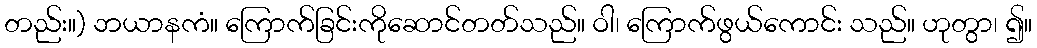
တည်း။) ဘယာနကံ။ ကြောက်ခြင်းကိုဆောင်တတ်သည်။ ဝါ၊ ကြောက်ဖွယ်ကောင်း သည်။ ဟုတွာ၊ ၍။